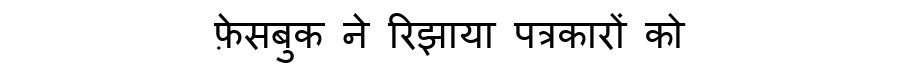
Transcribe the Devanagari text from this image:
फ़ेसबुक ने रिझाया पत्रकारों को